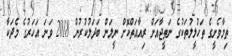
ތިމާވެށީގެ ތަހުލީލުތަކުގެ ނަތީޖާއަށް ރިއާއަތްކޮށް ނީލަން ބަދަލުކުރުން 2018 ވަނަ އަހަރުގެ މެދަކާ